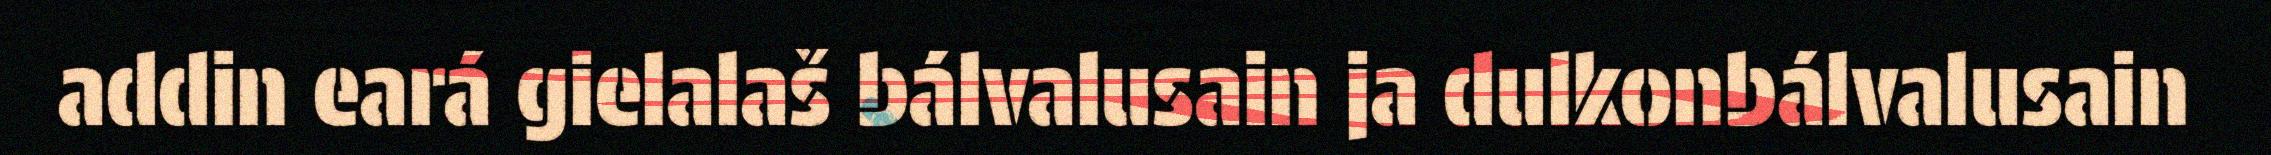
addin eará gielalaš bálvalusain ja dulkonbálvalusain